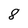
Character: 8